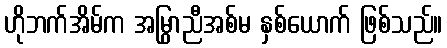
ဟိုဘက်အိမ်က အမြွှာညီအစ်မ နှစ်ယောက် ဖြစ်သည်။